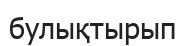
булықтырып